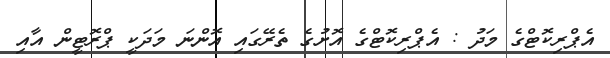
އެޕްރިކޮޓްގެ މަދު : އެޕްރިކޮޓްގެ އޮށުގެ ތެރޭގައި އޮންނަ މަދަކީ ޕްރޮޓީން އާއި